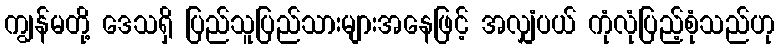
ကျွန်မတို့ ဒေသရှိ ပြည်သူပြည်သားများအနေဖြင့် အလျှံပယ် ကုံလုံပြည့်စုံသည်ဟု